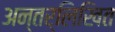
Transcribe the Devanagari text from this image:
अन्तर्लिखित